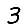
Digit: 3